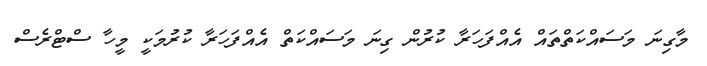
މާގިނަ މަސައްކަތްތައް އެއްފަހަރާ ކުރުން ގިނަ މަސައްކަތް އެއްފަހަރާ ކުރުމަކީ މީހާ ސްޓްރެސް